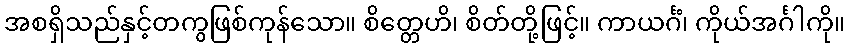
အစရှိသည်နှင့်တကွဖြစ်ကုန်သော။ စိတ္တေဟိ၊ စိတ်တို့ဖြင့်။ ကာယင်္ဂံ၊ ကိုယ်အင်္ဂါကို။